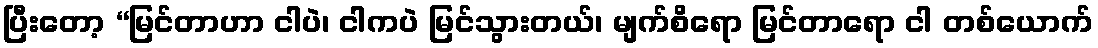
ပြီးတော့ “မြင်တာဟာ ငါပဲ၊ ငါကပဲ မြင်သွားတယ်၊ မျက်စိရော မြင်တာရော ငါ တစ်ယောက်